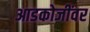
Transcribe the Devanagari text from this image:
आडकोजींवर